Annual report on the lock hospitals of the Madras Presidency
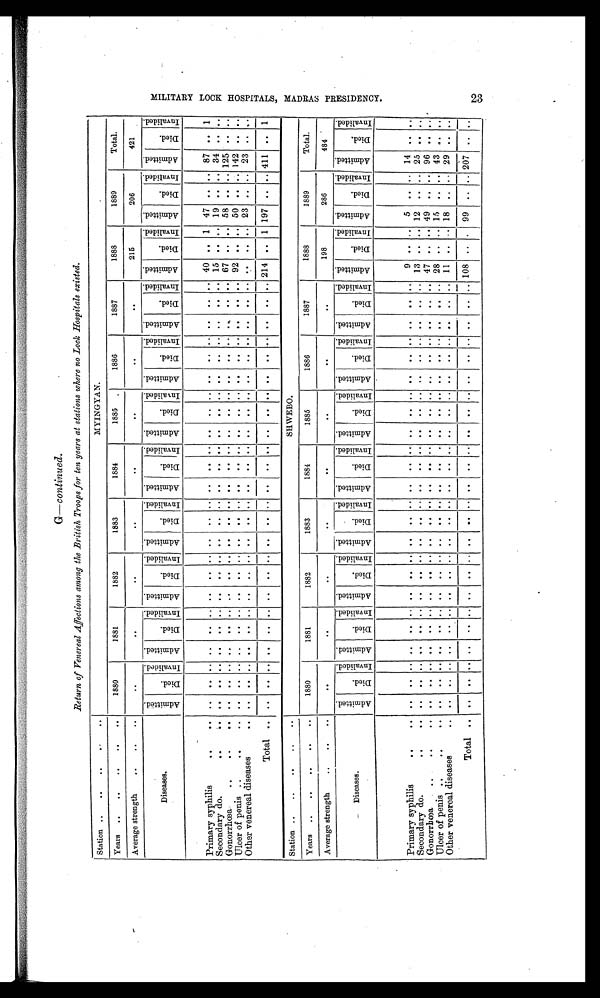
G— continued.
Return of Venereal Affections among the British Troops for ten years at stations where no Lock Hospitals existed.
Station ..
..
. .
. .
. .
MANDALAY.
•
Years
. .
. .
..
. .
. .
1880
1881
1882
1883
1884
1885
1886
1887
188
1889
Total.
Average strength
. .
. .
..
. .
. .
..
. .
. .
. .
. .
. .
215
206
421
Diseases.
A d m i t t e d .
D i e d .
I n v a l i d e d . A d m i t t e d .
D i e d .
I n v a l i d e d .
A d m i t t e d .
D i e d .
I n v a l i d e d . A d m i t t e d .
D i e d .
I n v a l i d e d . A d m i t t e d .
D i e d .
I n v a l i d e d . A d m i t t e d .
D i e d .
I n v a l i d e d . A d m i t t e d .
Di e d .
I n v a l i d e d .
A d m i t t e d .
D i e d .
I n v a l i d e d .
A d m i t t e d .
D i e d .
I n v a l i d e d .
A d m i t t e d .
D i e d .
I n v a l i d e d .
A d m i t t e d .
D i e d .
I n v a l i d e d .
Primary syphilis
. .
. .
. .
. .
. . . .
. .
. . . .
. .
. . . .
. .
. . . .
. .
. . . .
. .
. . . .
.. ..
. .
. .
. . 40
. . 1 47
. .
. .
87
. .
1
Secondary do..
. .
. .
..
. .
. . . .
. .
. . . .
. .
. . . .
. .
. . . .
. .
. . . .
. .
. . . .
.. ..
. .
. .
. . 15
. . .. 19
. . . . 34
. .
. .
Gonorrhœa ..
. .
. .
. .
..
. .
. . . .
. .
. . . .
. .
. . . .
. .
. . . .
. .
. . . .
. .
. . . . .
.. ..
. .
. .
. 67
. . .. 58
. .
. . .
. 125
. . .
. .
Ulcer of penis..
. .
. .
. .
. .
. .
. . . .
. .
. . . .
. .
. . . .
. .
. . . .
. .
. . . .
. .
. . . .
.. ..
. .
. .
. . 92
. . .. 50
. . ... 142
. .
. .
Other venereal diseases..
. .
. .
. .
. . . .
. .
. . . .
. .
. . . .
. .
. . . .
. .
. . . .
. .
. . . .
.. ..
. .
. .
. .
. . . . .. 23
. . . . 23
. .
. .
Total
. .
..
. .
. . . .
. . .. . .
. .
. . . .
. .
. . . .
. .
. . . .
. .
. . . .
.. ..
. .
. .
. . 2 14 .. 1 197
. .
. . 411
. .
1
Station . .
..
. .
..
. .
SHWEBO.
Years ..
..
..
. .
..
1880
1881
1882
1883
1884
1885
1886
1887
1888
1889
Total.
Average strength
. .
..
. .
. .
. .
. .
. .
. .
. .
. .
. .
198
286
484
Diseases.
A d m i t t e d .
D i e d .
I n v a l i d e d . A d m i t t e d .
D i e d .
I n v a l i d e d .
A d m i t t e d .
D i e d .
I n v a l i d e d . A d m i t t e d .
D i e d .
I n v a l i d e d . A d m i t t e d .
D i e d .
I n v a l i d e d .
A d m i t t e d .
D i e d .
I n v a l i d e d . A d m i t t e d .
Di e d.
I n v a l i d e d . A d m i t t e d .
D i e d .
I n v a l i d e d . A d m i t t e d .
D i e d .
I n v a l i d e d . A d m i t t e d .
D i e d .
I n v a l i d e d . A d m i t t e d .
D i e d .
I n v a l i d e d .
Primary syphilis
. .
. .
..
. .
. . . .
. .
. . . .
. .
. . . .
. .
. . . .
. .
. . . .
. .
. . . .
.. ..
. .
. .
. . 9
. . ..
5
. .
. . 14
. .
. .
Secondary do..
. .
. .
..
. .
. . . .
. .
. . . .
. .
. . . .
. .
. . . .
. .
. . . .
. .
. . . .
.. ..
. .
. .
. . 13
. . .. 12
. .
. . 25
. . . .
Gonorrhœa..
. .
. .
. .
..
. .
. . . .
. .
. . . .
. .
. . . .
. .
. . . .
. .
. . . .
. .
. . . .
.. ..
. .
. .
. . 47
. . .. 49
..
. . 96
. .
. .
Ulcer of penis ..
. .
. .
. .
. .
. . . .
. .
. . . .
. .
. . . .
. .
. . . .
. .
. . . .
. .
. . . .
.. ..
. .
. . . 28
. . .. 15
..
. . 43
. .
. .
Other venereal diseases..
. .
..
. .
. . . .
. .
. . . .
. .
. . . .
. .
. . . .
. .
. . . .
. . . .
. . .. ..
. .
. .
. .
1 1 .. . . 18
..
. . 29
. .
. .
Total
. .
..
. .
. . . .
. .
. . . .
. .
. . . .
. .
. . . .
. .
. . . .
. .
. .
. .
..
..
. .
. .
__..
108
. .
..
99
..
. .
2 0 7
. .
. .
M I L I T A R Y L O O K H O S P I T A L S , M A D R A S P R E S I D E N C Y .